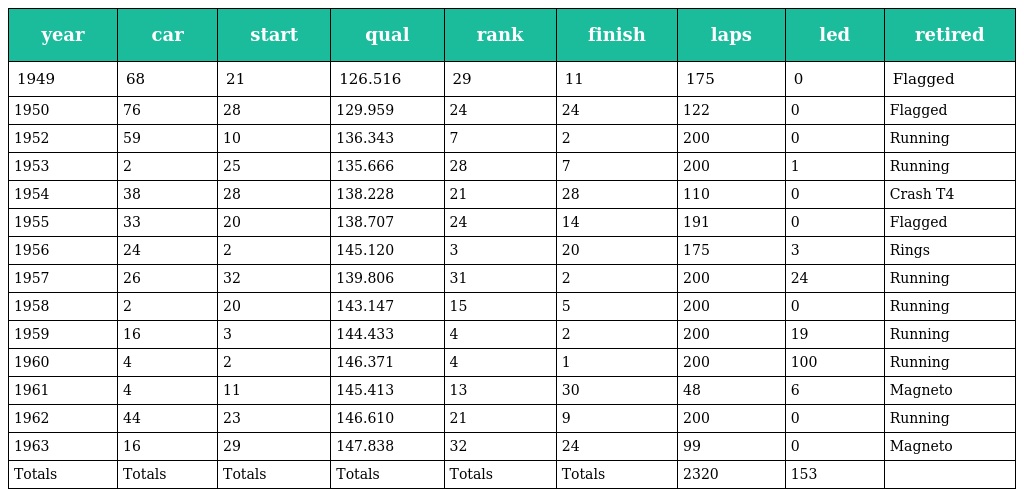
| year | car | start | qual | rank | finish | laps | led | retired |
 | --- | --- | --- | --- | --- | --- | --- | --- | --- |
 | 1949 | 68 | 21 | 126.516 | 29 | 11 | 175 | 0 | Flagged |
 | 1950 | 76 | 28 | 129.959 | 24 | 24 | 122 | 0 | Flagged |
 | 1952 | 59 | 10 | 136.343 | 7 | 2 | 200 | 0 | Running |
 | 1953 | 2 | 25 | 135.666 | 28 | 7 | 200 | 1 | Running |
 | 1954 | 38 | 28 | 138.228 | 21 | 28 | 110 | 0 | Crash T4 |
 | 1955 | 33 | 20 | 138.707 | 24 | 14 | 191 | 0 | Flagged |
 | 1956 | 24 | 2 | 145.120 | 3 | 20 | 175 | 3 | Rings |
 | 1957 | 26 | 32 | 139.806 | 31 | 2 | 200 | 24 | Running |
 | 1958 | 2 | 20 | 143.147 | 15 | 5 | 200 | 0 | Running |
 | 1959 | 16 | 3 | 144.433 | 4 | 2 | 200 | 19 | Running |
 | 1960 | 4 | 2 | 146.371 | 4 | 1 | 200 | 100 | Running |
 | 1961 | 4 | 11 | 145.413 | 13 | 30 | 48 | 6 | Magneto |
 | 1962 | 44 | 23 | 146.610 | 21 | 9 | 200 | 0 | Running |
 | 1963 | 16 | 29 | 147.838 | 32 | 24 | 99 | 0 | Magneto |
 | Totals | Totals | Totals | Totals | Totals | Totals | 2320 | 153 |  |